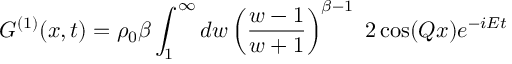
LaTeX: G ^ { ( 1 ) } ( x , t ) = \rho _ { 0 } \beta \int _ { 1 } ^ { \infty } d w \left( { \frac { w - 1 } { w + 1 } } \right) ^ { \beta - 1 } \ 2 \cos ( Q x ) e ^ { - i E t }